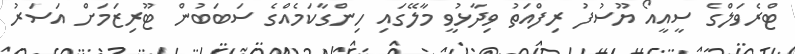
ޓްރެވަލްގެ ސީއީއޯ ޔޫސުފު ރިފްއަތު ވިދާޅުވީ މާލޭގައި ހިންގާކަމެއްގެ ސަބަބުން ޓޫރިޒަމަށް އަސަރު